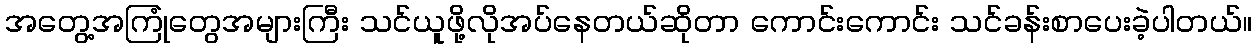
အတွေ့အကြုံတွေအများကြီး သင်ယူဖို့လိုအပ်နေတယ်ဆိုတာ ကောင်းကောင်း သင်ခန်းစာပေးခဲ့ပါတယ်။